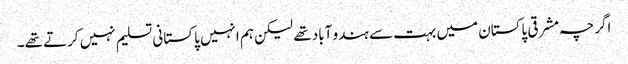
اگرچہ مشرقی پاکستان میں بہت سے ہندو آباد تھے لیکن ہم انہیں پاکستانی تسلیم نہیں کرتے تھے۔